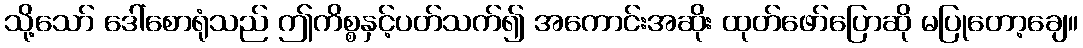
သို့သော် ဒေါ်စောရုံသည် ဤကိစ္စနှင့်ပတ်သက်၍ အကောင်းအဆိုး ထုတ်ဖော်ပြောဆို မပြုတော့ချေ။